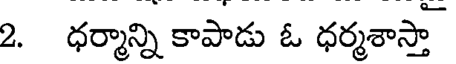
2. ధర్మాన్ని కాపాడు ఓ ధర్మశాస్తా